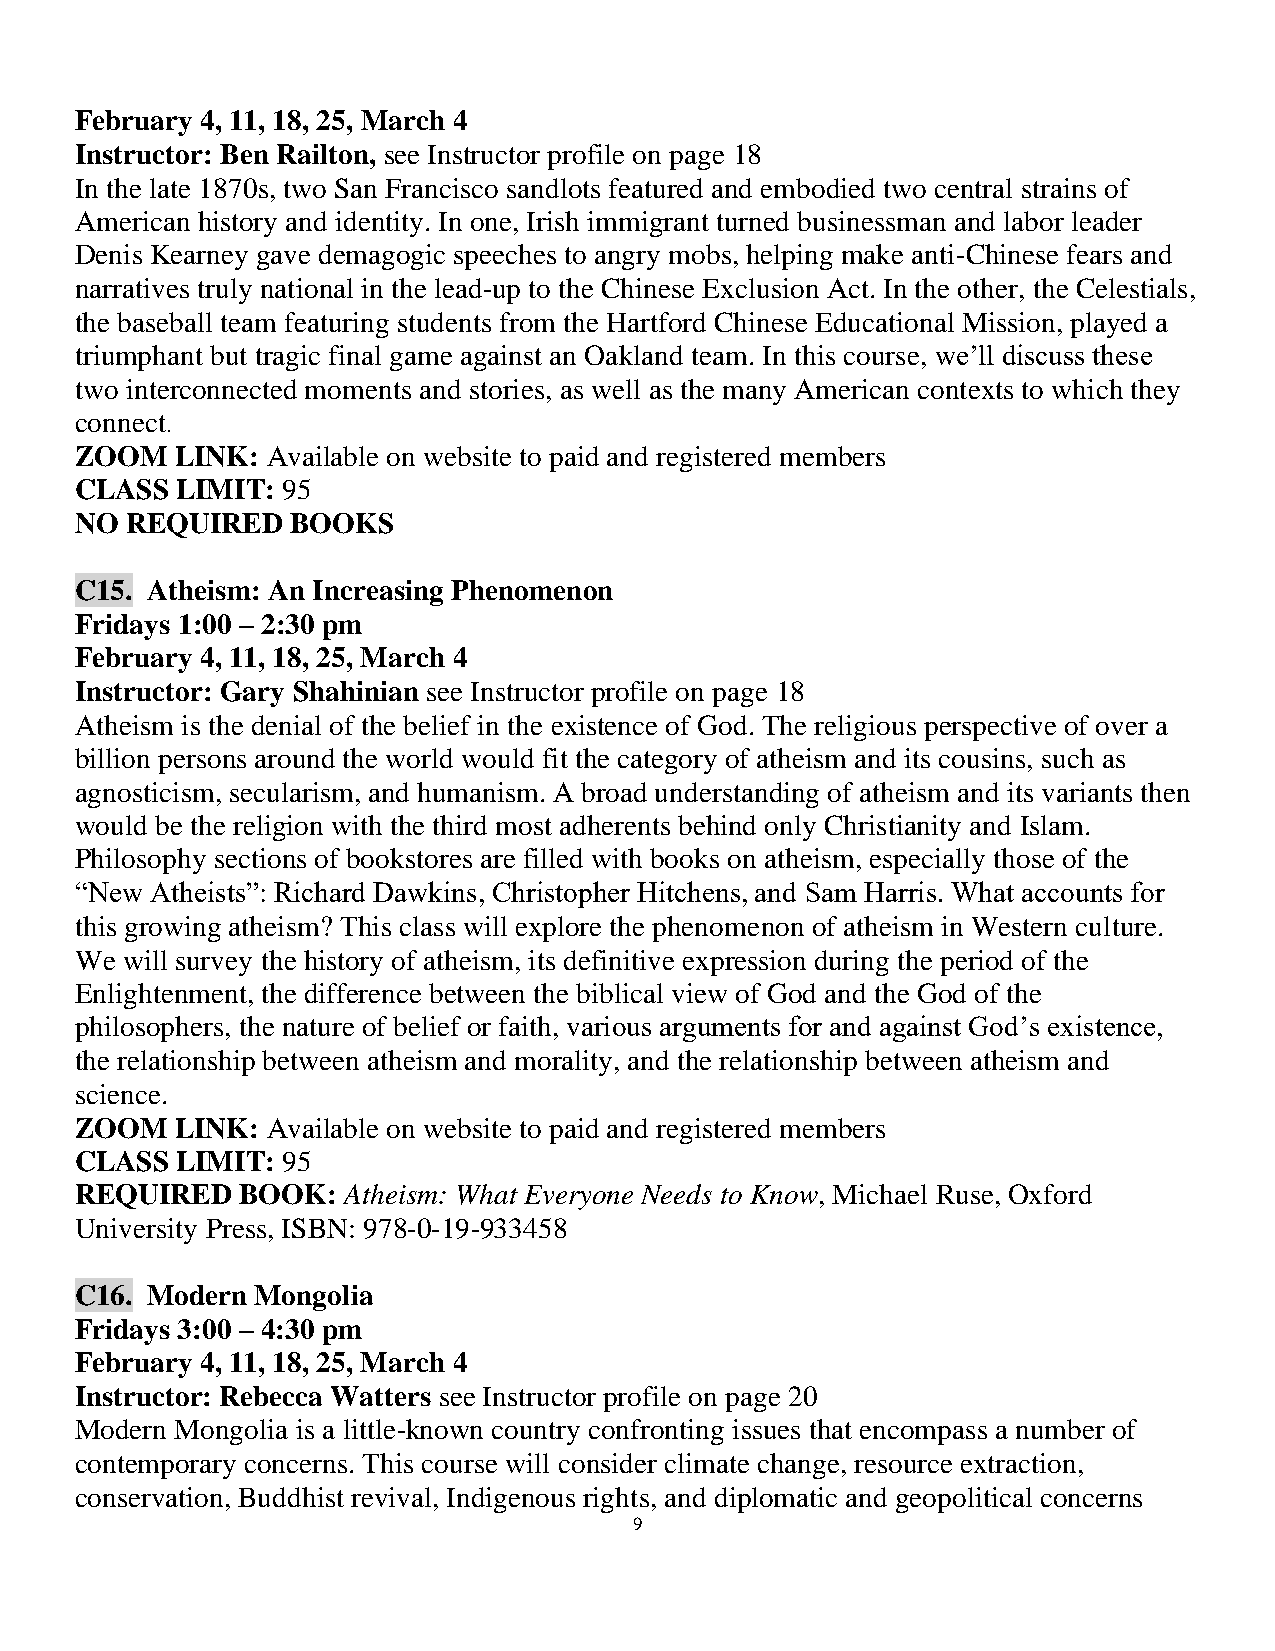
February 4, 11, 18, 25, March 4
 Instructor: Ben Railton, see Instructor profile on page 18
 In the late 1870s, two San Francisco sandlots featured and embodied two central strains of
 American history and identity. In one, Irish immigrant turned businessman and labor leader
 Denis Kearney gave demagogic speeches to angry mobs, helping make anti-Chinese fears and
 narratives truly national in the lead-up to the Chinese Exclusion Act. In the other, the Celestials,
 the baseball team featuring students from the Hartford Chinese Educational Mission, played a
 triumphant but tragic final game against an Oakland team. In this course, we’ll discuss these
 two interconnected moments and stories, as well as the many American contexts to which they
 connect.
 ZOOM   LINK: Available on website to paid and registered members
 CLASS  LIMIT: 95
 NO REQUIRED   BOOKS
 C15. Atheism: An Increasing Phenomenon
 Fridays 1:00 – 2:30 pm
 February 4, 11, 18, 25, March 4
 Instructor: Gary Shahinian see Instructor profile on page 18
 Atheism is the denial of the belief in the existence of God. The religious perspective of over a
 billion persons around the world would fit the category of atheism and its cousins, such as
 agnosticism, secularism, and humanism. A broad understanding of atheism and its variants then
 would be the religion with the third most adherents behind only Christianity and Islam.
 Philosophy sections of bookstores are filled with books on atheism, especially those of the
 “New Atheists”: Richard Dawkins, Christopher Hitchens, and Sam Harris. What accounts for
 this growing atheism? This class will explore the phenomenon of atheism in Western culture.
 We will survey the history of atheism, its definitive expression during the period of the
 Enlightenment, the difference between the biblical view of God and the God of the
 philosophers, the nature of belief or faith, various arguments for and against God’s existence,
 the relationship between atheism and morality, and the relationship between atheism and
 science.
 ZOOM   LINK: Available on website to paid and registered members
 CLASS  LIMIT: 95
 REQUIRED   BOOK:  Atheism: What Everyone Needs to Know, Michael Ruse, Oxford
 University Press, ISBN: 978-0-19-933458
 C16. Modern Mongolia
 Fridays 3:00 – 4:30 pm
 February 4, 11, 18, 25, March 4
 Instructor: Rebecca Watters see Instructor profile on page 20
 Modern Mongolia is a little-known country confronting issues that encompass a number of
 contemporary concerns. This course will consider climate change, resource extraction,
 conservation, Buddhist revival, Indigenous rights, and diplomatic and geopolitical concerns
 9